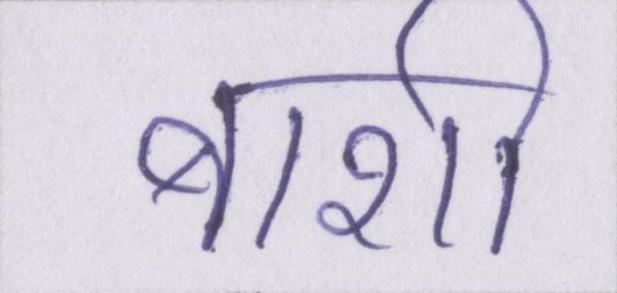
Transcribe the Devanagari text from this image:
बाशी